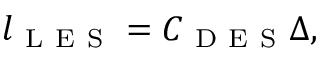
\begin{array} { r } { l _ { \mathrm { ~ L ~ E ~ S ~ } } = C _ { \mathrm { ~ D ~ E ~ S ~ } } \Delta , } \end{array}